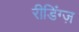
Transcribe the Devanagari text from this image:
रीडिंग्ज़